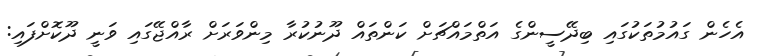
އެހެން ގައުމުތަކުގައި ބިދޭސީންގެ އަތްމައްޗަށް ކަންތައް ދޫނުކުރާ މިންވަރަށް ރާއްޖޭގައި ވަނީ ދޫކޮށްފައި: